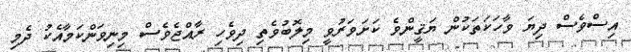
އިސްވެސް ދިޔަ ވާހަކަތަކުން ޔަޤީންވެ ކަށަވަރުވީ މިލޮބުވެތި ދިވެހި ރާއްޖެވެސް މިނިވަންކަމާއެކު ދެމި